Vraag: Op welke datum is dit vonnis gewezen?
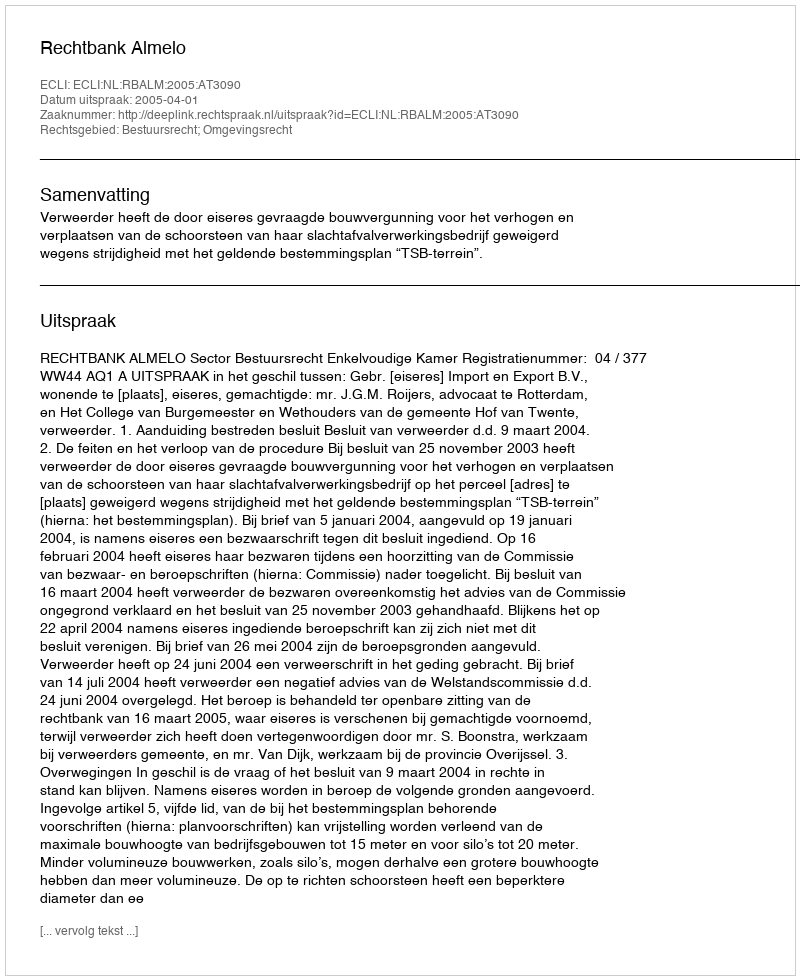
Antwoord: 2005-04-01